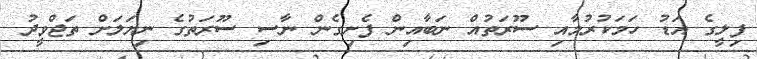
ފިލީގެ އަޑު ހަމަކުރުމާއި ސޫރަތުއް ނަބާއިން ފެށިގެން ނާސި ސޫރަތުގެ ނިޔަލަށް ތަޖްވީދު